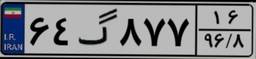
۶۴گ۸۷۷۱۶